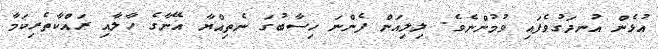
އުޅެން އުނދަގުވެފައި ވުމުންނެވެ. ލިލިއަން ފެންނަ ހިސާބުގަ ނެތިއްޔާ އޭނާގެ ހާލާއި ރައްކާތެރިކަމާ